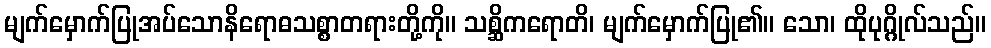
မျက်မှောက်ပြုအပ်သောနိရောဓသစ္စာတရားတို့ကို။ သစ္ဆိကရောတိ၊ မျက်မှောက်ပြု၏။ သော၊ ထိုပုဂ္ဂိုလ်သည်။